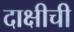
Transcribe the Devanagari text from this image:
दाक्षीची